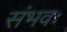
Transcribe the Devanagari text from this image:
संभवः